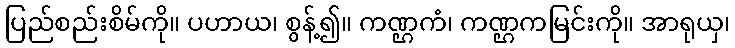
ပြည်စည်းစိမ်ကို။ ပဟာယ၊ စွန့်၍။ ကဏ္ဌကံ၊ ကဏ္ဌကမြင်းကို။ အာရုယှ၊